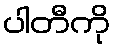
ပါတီကို